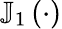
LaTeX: \mathbb{J}_{1}\left(\cdot\right)